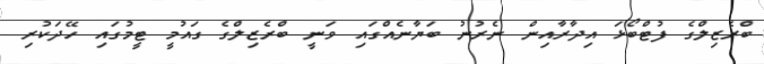
ބްރެޒިލްގެ ފުޓްބޯޅަ އިދާރާއިން ނެރުނު ބަޔާނެއްގައި ވަނީ ބްރެޒިލްގެ ގައުމީ ޓީމުގައި ހޭދަކުރި